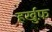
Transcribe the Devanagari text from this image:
हर्खुफ़